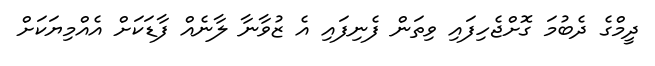
ދީމްގެ ދެބުމަ ގޮށްޖެހިފައި ވިތަން ފެނިފައި އެ ޒުވާނާ ލާނެއް ފާޑަކަށް އެއްމިޔަކަށް